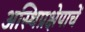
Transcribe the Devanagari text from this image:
अस्थिप्रक्षेपाचें